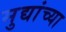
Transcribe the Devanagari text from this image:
मुद्यांच्या